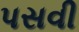
પસવી